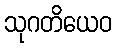
သုဂတိယေဝ